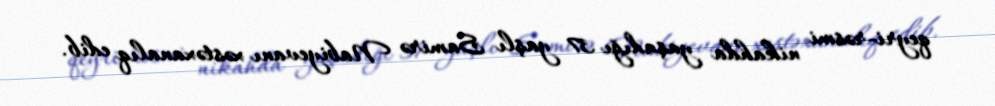
qeyri-rəsmi nikahda yaşadığı 37 yaşlı Samirə Nabiyevanı xəstəxanalıq edib.